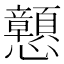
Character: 𢥹